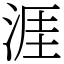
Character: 涯